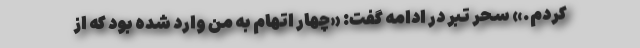
کردم.» سحر تبر در ادامه گفت: «چهار اتهام به من وارد شده بود که از